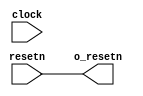
module acl_reset_wire(
  input clock,
  input resetn,

  output o_resetn
  );

  assign o_resetn = resetn;

endmodule